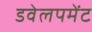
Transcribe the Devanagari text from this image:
डवेलपमेंट